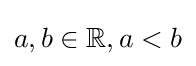
a,b\in \mathbb {R} ,a<b